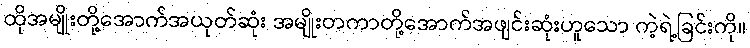
ထိုအမျိုးတို့အောက်အယုတ်ဆုံး အမျိုးတကာတို့အောက်အဖျင်းဆုံးဟူသော ကဲ့ရဲ့ခြင်းကို။